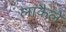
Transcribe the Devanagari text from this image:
लाकैले